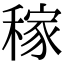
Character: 稼